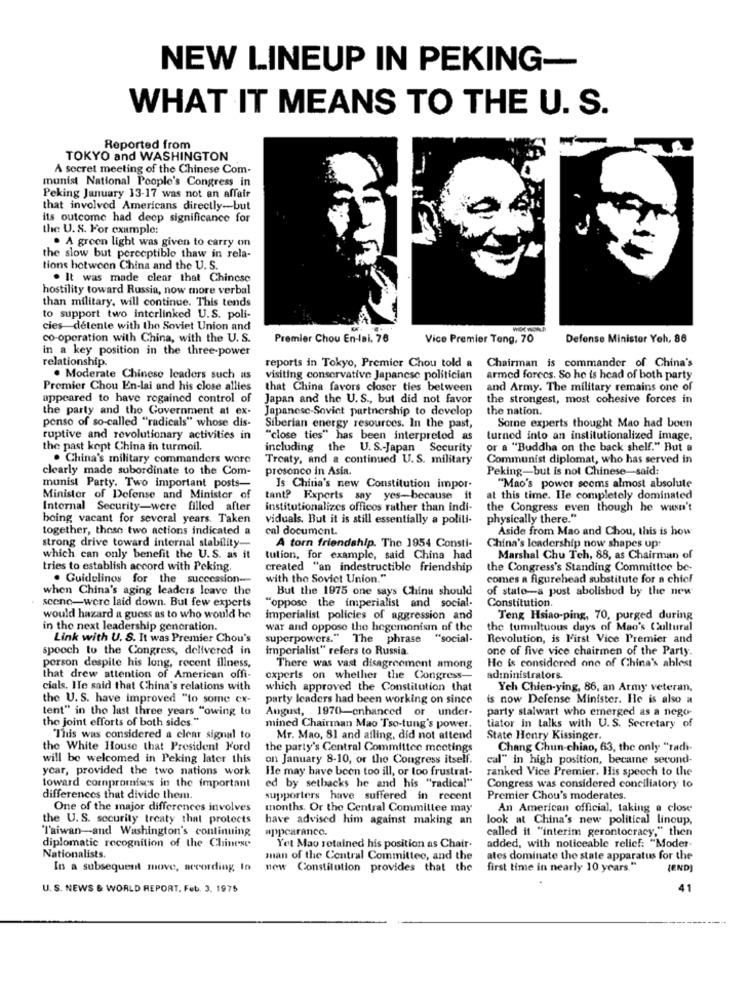
NEW LINEUP IN PEKING-
WHAT IT MEANS TO THE U. S.
Reported from
TOKYO and WASHINGTON
A secret meeting of the Chinese Com-
munist National People's Congress in
Peking January 13-17 was not an affair
that involved Americans directly-but
its outcome had deep significance for
the U. S. For example:
. A green light was given to carry on
the slow but perceptible thaw in rela-
tions between China and the U. S.
. It was made clear that Chincse
hostility toward Russia, now more verbal
than military, will continue. This tends
to support two interlinked U.S. poli-
cies-détente with the Soviet Union and
WIDE WORLD
co-operation with China, with the U. S.
Premier Chou En-lai. 76
Vice Premier Teng, 70
Defense Minister Yeh, 86
in a key position in the three-power
relationship.
reports in Tokyo, Premier Chou told a
Chairman is commander of China's
. Moderate Chinese leaders such us
visiting conservative Japanese politician armed forces. So he is head of both party
Premier Chou En-lai and his close allies
that China favors closer ties between
and Army. The military remains one of
appeared to have regained control of
Japan and the U. S ., but did not favor
the strongest, most cohesive forces in
the party and the Government at ex-
Japanese-Soviet partnership to develop
the nation.
penso of so-called "radicals" whose dis-
Somne experts thought Mao had been
Siberian energy resources. In the past,
ruptive and revolutionary activities in
"close ties" has been interpreted as
turned into an institutionalized image,
the past kept China in turmoil.
including the U.S .- Japan Security
or a "Buddha on the back shelf." But a
. China's military commanders wore
Treaty, and a continued U.S. military
Communist diplomat, who has served in
clearly made subordinate to the Com-
prosonco in Asia.
Peking-but is not Chinese-said:
munist Party. Two important posts-
Is China's new Constitution impor-
"Mao's power seems almost absolute
Minister of Defense and Minister of
tant? Experts say yes-because it
at this time. Ile completely dominated
Internal Security-were filled after
institutionalizes offices rather than indi-
the Congress even though he wasn't
boing vacant for several years. Taken
viduals. But it is still essentially a politi-
physically there."
together, these two actions indicated a
cal document.
Aside from Mao and Chou, this is how
A torn friendship. The 1954 Consti-
strong drive toward internal stability-
China's leadership now shapes up:
which can only benefit the U.S. as it
tulion, for example, said China had
Marshal Chu Teh, 88, as Chairman of
tries to establish accord with Peking.
created "an indestructible friendship
the Congress's Standing Committee be-
. Guidelines for the succession-
with the Soviet Union."
comes a figurehead substitute for a chief
when China's aging leaders leave the
But the 1975 one says Chinu should
of state-a post abolishod by the new
scene-were laid down. But few experts
Constitution.
"oppose the imperialist and social-
would hazard a guess as to who would he
imperialist policies of aggression and
Teng Hsiao-ping, 70, purged during
in the next leadership generation.
war and oppose the hegemonism of the
the tumultuous days of Mao's Cultural
Link with U. S. It was Premier Chou's
superpowers." The phrase "social-
Revolution, is First Vice Premier and
spooch to the Congress, delivered in
imperialist" refers to Russia.
one of five vice chairmen of the Party.
He is considered one of China's ablest
porson despite his long, recent illness,
There was vast disagreement among
that drew attention of American offi-
experts on whether the Congress-
adininistrators.
cials. Ile said that China's relations with
which approved the Constitution that
Yeh Chien-ying, 86, an Army veteran,
the U. S. have improved "to some ex-
party leaders had been working on since
is now Defense Minister. He is also a
tent" in tho last three years "owing lo
August, 1970-enhanced or under-
party stalwart who emerged as a nego-
the joint efforts of both sides."
mined Chairman Mao Tso-tung's power.
tiator in talks with U.S. Secretary of
"This was considered a clear signal to
Mr. Mao, 81 and afling, did not attend
State Henry Kissinger.
the White House that President Ford
the party's Central Committee meetings
Chang Chun-chiao, 63, the only "radi-
will be welcomed in Peking later this
on January 8-10, or the Congress itself.
cal" in high position, becarne second-
ycar, provided the two nations work
He may have been too ill, or too frustrat-
ranked Vice Premier, His speech to the
toward compromises in the important
ed by setbacks he and his "radical"
Congress was considered conciliatory to
differences that divido them.
supporters have suffered in recent
Premier Chou's moderates.
One of the major differences involves
months. Or the Central Committee may
An American official, taking a close
the U. S. security treaty that protects
have advised him against making an
look at China's new political lineup,
Taiwan-and Washington's continuing
appearance.
called it "interim gerontocracy," then
added, with noticeable relief: "Moder-
diplomatic recognition of the Chinese
Yet Mao retained his position as Chair.
Nationalists.
man of the Central Committee, and the
ates dominate the state apparatus for the
In a subsequent move, according to
new Constitution provides that the
first time in nearly 10 years."
(END]
U. S. NEWS & WORLD REPORT, Feb. 3. 1975